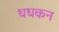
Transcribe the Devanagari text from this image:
धधकन